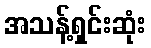
အသန့်ရှင်းဆုံး